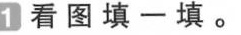
看图 填 一 填 。